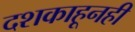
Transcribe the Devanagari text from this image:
दशकाहूनही